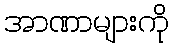
အာဏာများကို